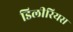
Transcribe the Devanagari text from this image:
डिलीरियस